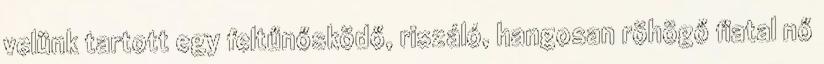
velünk tartott egy feltűnősködő, riszáló, hangosan röhögő fiatal nő